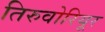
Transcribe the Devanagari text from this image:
तिरुवोरियूर